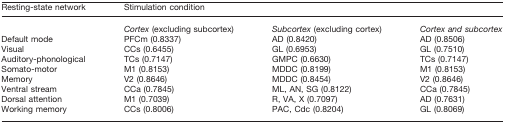
| Resting-state network | <COLSPAN=3> Stimulation condition |
 | --- | --- | --- | --- |
 |  | Cortex (excluding subcortex) | Subcortex (excluding cortex) | Cortex and subcortex |
 | Default mode | PFCm (0.8337) | AD (0.8420) | AD (0.8506) |
 | Visual | CCs (0.6455) | GL (0.6953) | GL (0.7510) |
 | Auditory-phonological | TCs (0.7147) | GMPC (0.6630) | TCs (0.7147) |
 | Somato-motor | M1 (0.8153) | MDDC (0.8199) | M1 (0.8153) |
 | Memory | V2 (0.8646) | MDDC (0.8454) | V2 (0.8646) |
 | Ventral stream | CCa (0.7845) | ML, AN, SG (0.8122) | CCa (0.7845) |
 | Dorsal attention | M1 (0.7039) | R, VA, X (0.7097) | AD (0.7631) |
 | Working memory | CCs (0.8006) | PAC, Cdc (0.8204) | GL (0.8069) |